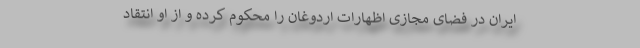
ایران در فضای مجازی اظهارات اردوغان را محکوم کرده و از او انتقاد